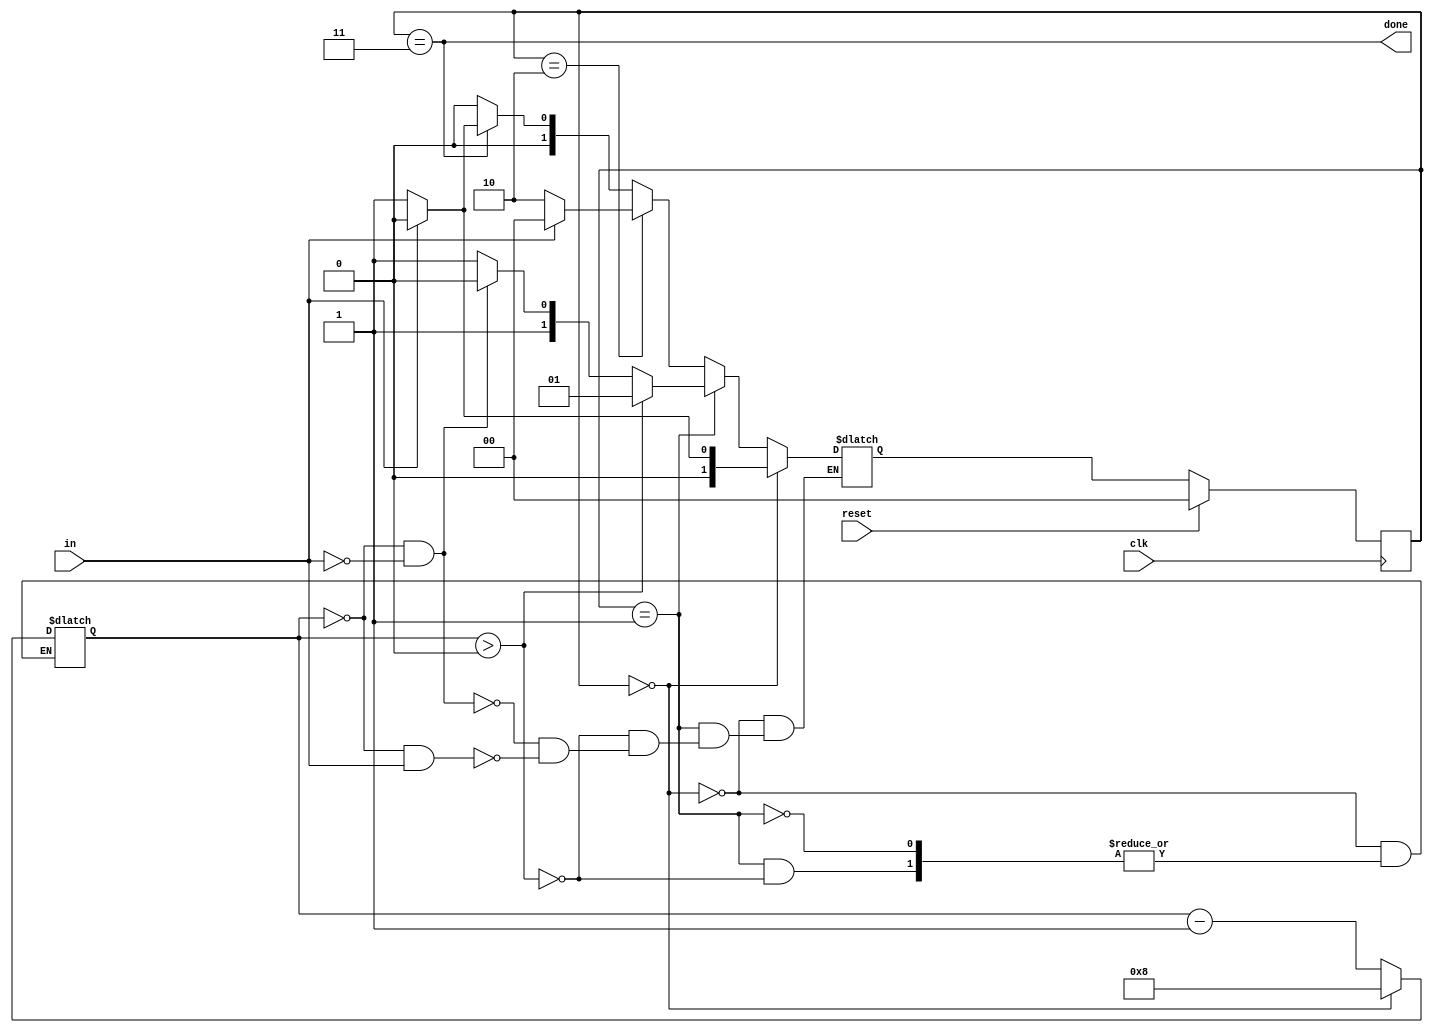
//FIRST ATTEMPT USING COUNT VARIABLE

module top_module(
    input clk,
    input in,
    input reset,    // Synchronous reset
    output done
); 
    
    reg [3:0] count;
    parameter A=0,B=1,C=2,D=3;
    reg [1:0] state, next_state;
    
    always @ (*) begin
        if (state == A) begin
            count <= 8;
            if (in == 1) next_state <= A;
            else next_state <= B;
        end
        else if (state == B) begin
            if (count > 0) begin
               	count <= count - 1;
                next_state <= B;
            end
            else begin
                if( count == 0 & in == 0) begin
                   	next_state <= C; 
                end 
                else if (count == 0 & in == 1) begin
                   	next_state <= D; 
                end
            end
        end
        else if (state == C) begin
            if (in == 0) next_state <= C;
            else next_state <= A;
        end
        else if (state == D) begin
            if (in == 1) next_state <= A;
            else next_state <= B;
        end
        else next_state <= A;
    end
    
    always @ (posedge clk) begin
        if (reset) begin
           	state <= A;
        end
        else begin
           	state <= next_state;
        end
    end
    
    assign done = (state == D);

endmodule